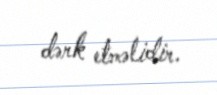
dərk etməlidir.